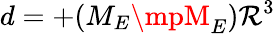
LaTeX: d=+(M_{E}\mpM_{E})\mathcal{R}^{3}